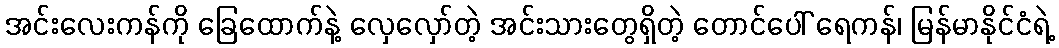
အင်းလေးကန်ကို ခြေထောက်နဲ့ လှေလှော်တဲ့ အင်းသားတွေရှိတဲ့ တောင်ပေါ် ရေကန်၊ မြန်မာနိုင်ငံရဲ့